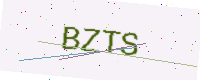
Text: BZTS